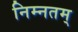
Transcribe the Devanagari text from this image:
निम्नतम्